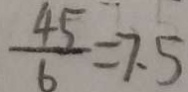
\frac { 4 5 } { 6 } = 7 . 5